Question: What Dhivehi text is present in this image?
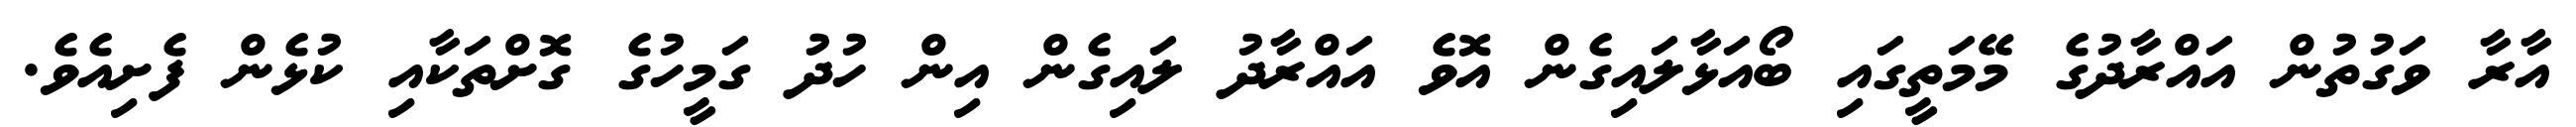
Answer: އާރާ ވަގުތުން އައްރާދުގެ މޭމަތީގައި ބޯއަޅާލައިގެން އޮވެ އައްރާދު ލައިގެން އިން ހުދު ގަމީހުގެ ގޮށްތަކާއި ކުޅެން ފެށިއެވެ.